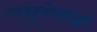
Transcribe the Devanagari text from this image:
वसुदेवाची